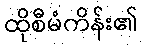
ထိုစီမံကိန်း၏